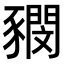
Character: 𧲃